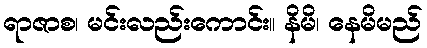
ရာဇာစ၊ မင်းလည်းကောင်း။ နိမိ၊ နေမိမည်